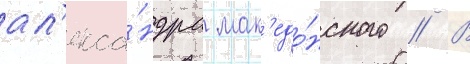
ал'екса́ндра мак'едо́нского // В